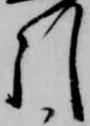
引